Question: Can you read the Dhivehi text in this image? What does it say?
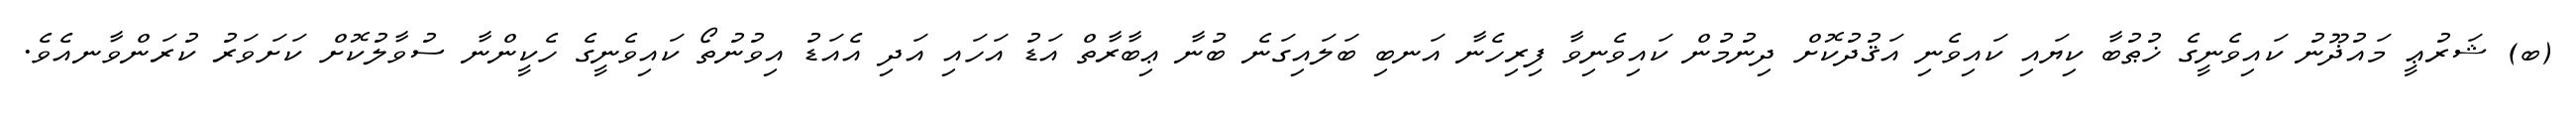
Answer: (ބ) ޝަރުޢީ މައުޛޫނު ކައިވެނީގެ ޚުޠުބާ ކިޔައި ކައިވެނި އަޤުދުކޮށް ދިނުމުން ކައިވެނިވާ ފިރިހެނާ އަނބި ބަލައިގަނެ ބުނާ ޢިބާރާތް އަޑު އަހައި އަދި އެއަޑު އިވުނުތޯ ކައިވެނީގެ ހެކީންނާ ސުވާލުކޮށް ކަށަވަރު ކުރަންވާނއެވެ.